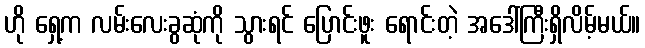
ဟို ရှေ့က လမ်းလေးခွဆုံကို သွားရင် ပြောင်းဖူး ရောင်းတဲ့ အဒေါ်ကြီးရှိလိမ့်မယ်။